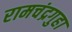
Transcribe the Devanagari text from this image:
रामचंद्रगुहा